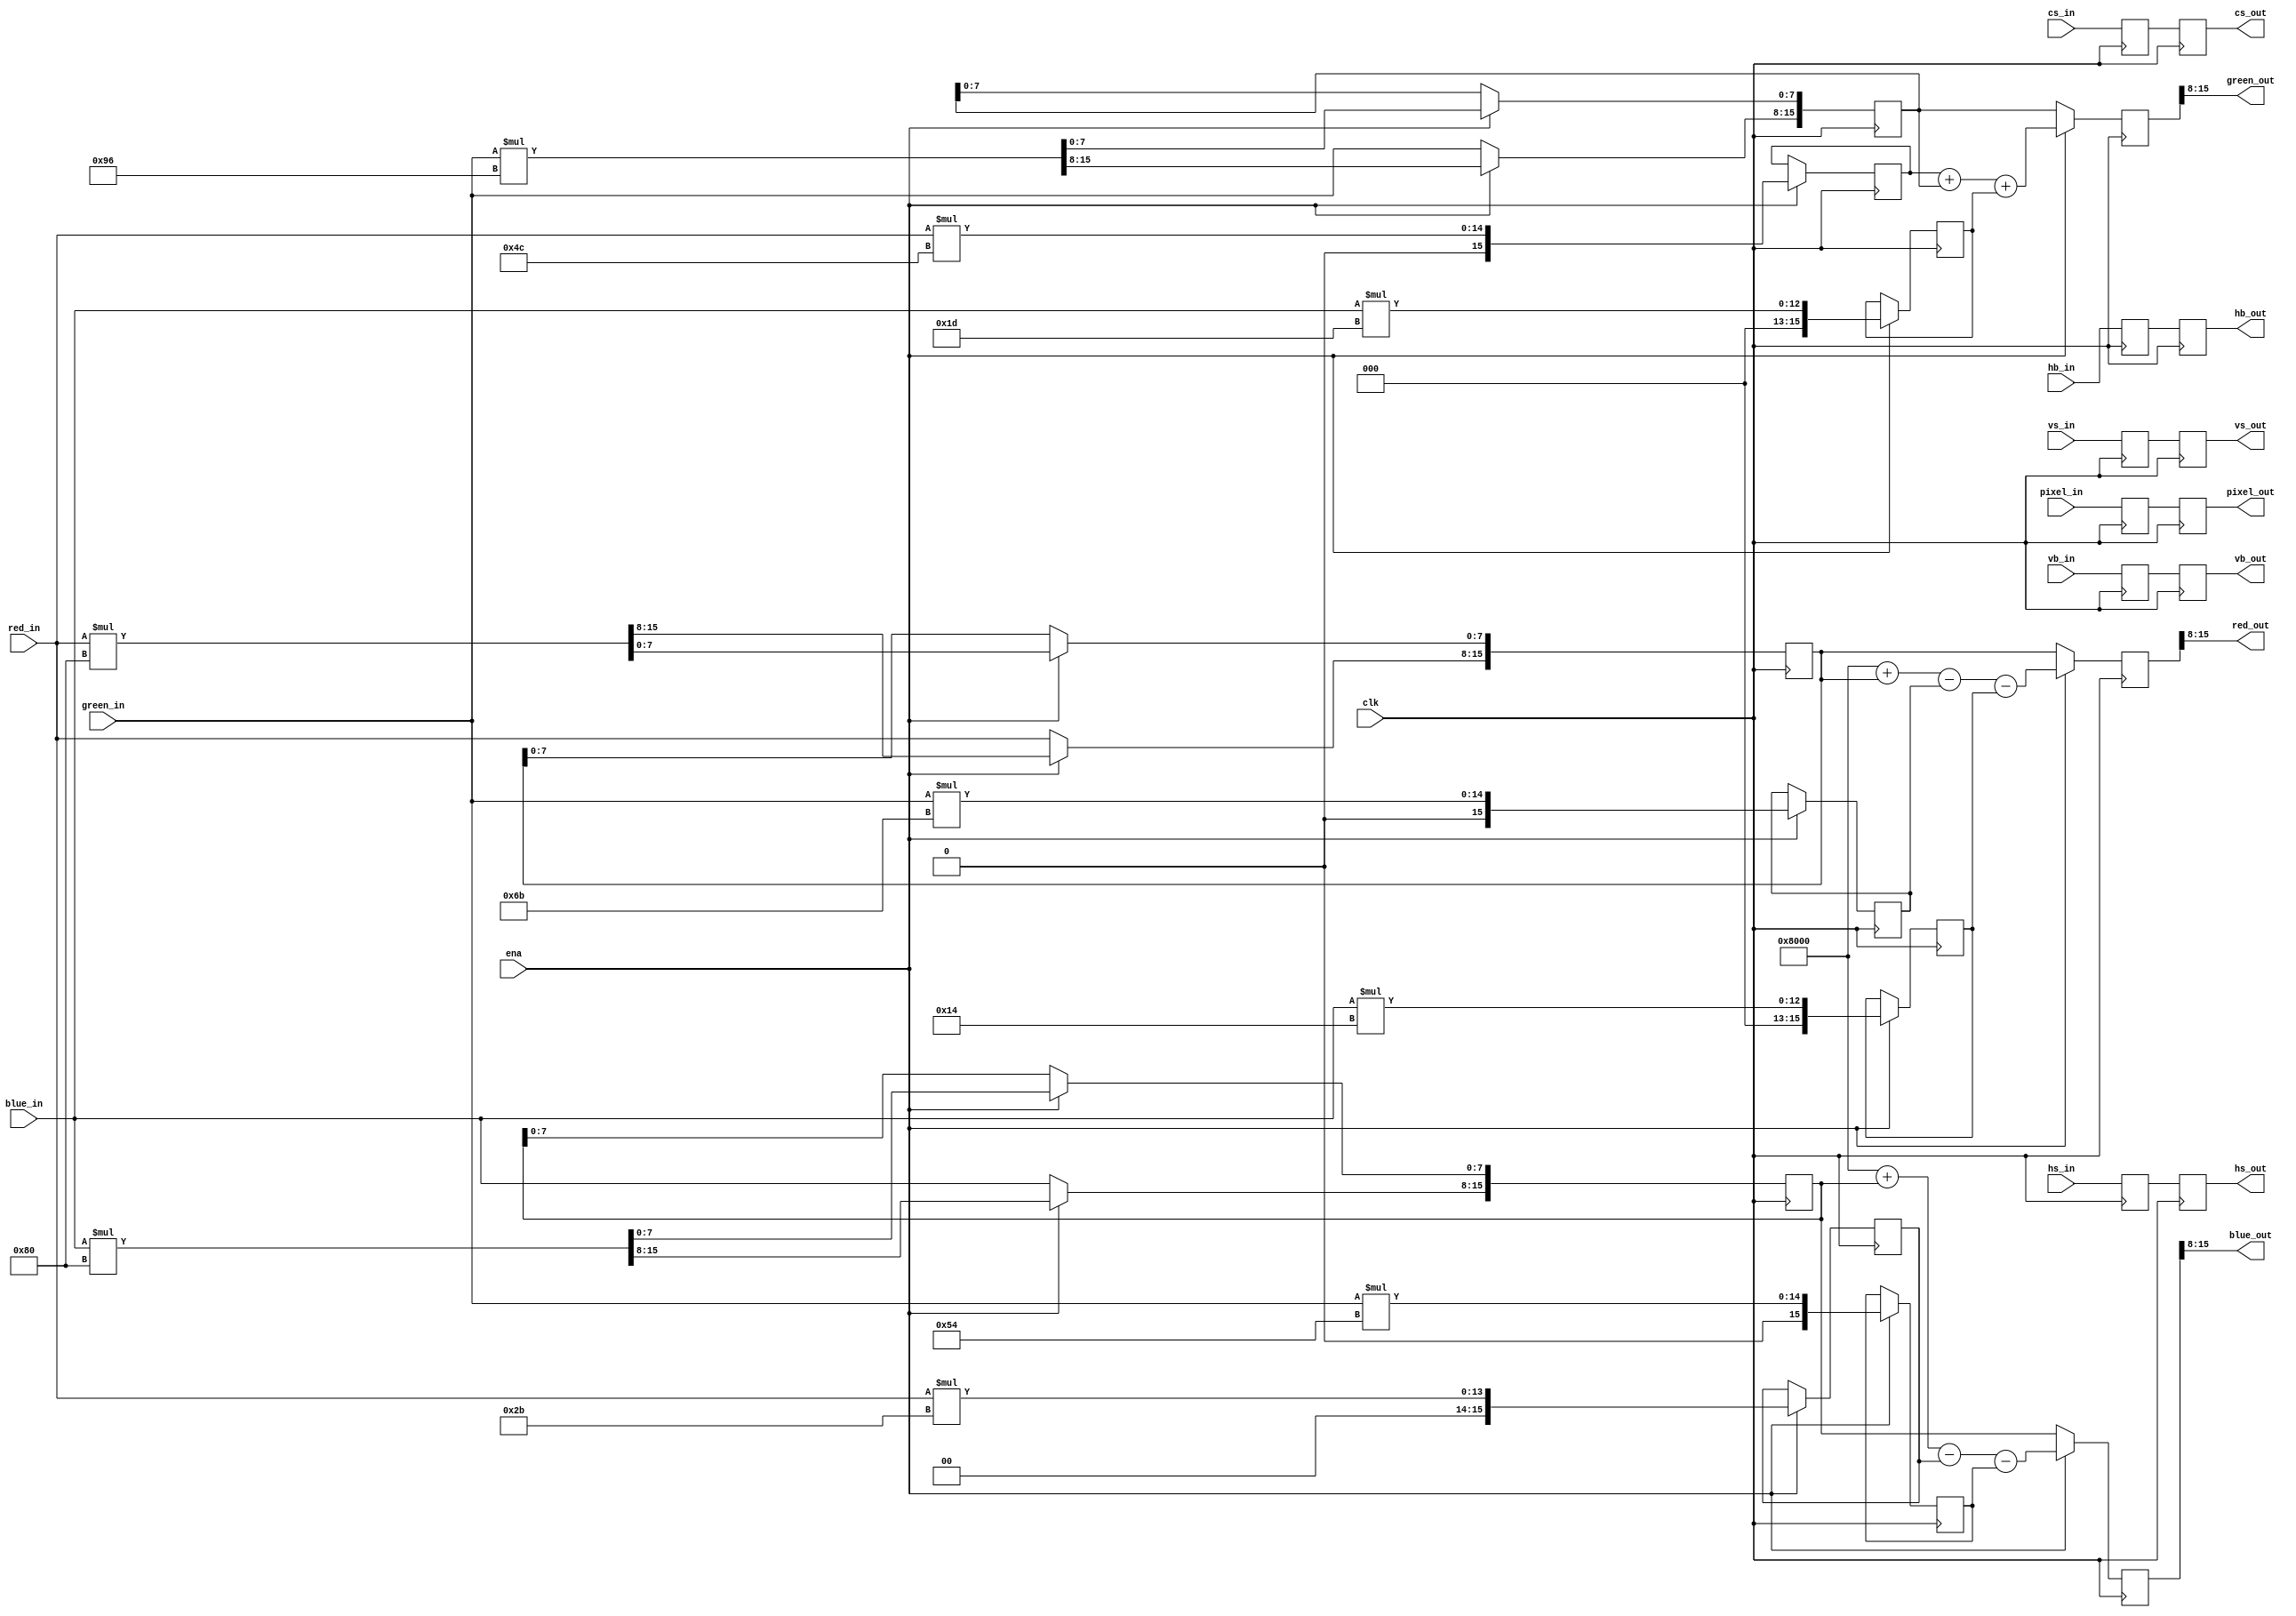
module RGBtoYPbPr
(
	input clk,
	input ena,

	input [WIDTH-1:0] red_in,
	input [WIDTH-1:0] green_in,
	input [WIDTH-1:0] blue_in,
	input hs_in,
	input vs_in,
	input hb_in,
	input vb_in,
	input cs_in,
	input pixel_in,

	output [WIDTH-1:0] red_out,
	output [WIDTH-1:0] green_out,
	output [WIDTH-1:0] blue_out,
	output reg hs_out,
	output reg vs_out,
	output reg hb_out,
	output reg vb_out,
	output reg cs_out,
	output reg pixel_out
);

parameter WIDTH = 8;

reg [8+WIDTH-1:0] r_y;
reg [8+WIDTH-1:0] g_y;
reg [8+WIDTH-1:0] b_y;

reg [8+WIDTH-1:0] r_b;
reg [8+WIDTH-1:0] g_b;
reg [8+WIDTH-1:0] b_b;

reg [8+WIDTH-1:0] r_r;
reg [8+WIDTH-1:0] g_r;
reg [8+WIDTH-1:0] b_r;

reg [8+WIDTH-1:0] y;
reg [8+WIDTH-1:0] b;
reg [8+WIDTH-1:0] r;

reg hs_d;
reg vs_d;
reg cs_d;
reg pixel_d;
reg hb_d;
reg vb_d;

assign red_out = r[8+WIDTH-1:8];
assign green_out = y[8+WIDTH-1:8];
assign blue_out = b[8+WIDTH-1:8];

// Multiply in the first stage...
always @(posedge clk) begin
	hs_d <= hs_in;		// Register sync, pixel clock, etc
	vs_d <= vs_in;		// so they're delayed the same amount as the incoming video
	cs_d <= cs_in;
	pixel_d <= pixel_in;
	hb_d <= hb_in;
	vb_d <= vb_in;

	if(ena) begin
		// (Y  =  0.299*R + 0.587*G + 0.114*B)
		r_y <= red_in * 8'd76;
		g_y <= green_in * 8'd150;
		b_y <= blue_in * 8'd29;

		// (Pb = -0.169*R - 0.331*G + 0.500*B)
		r_b <= red_in * 8'd43;
		g_b <= green_in * 8'd84;
		b_b <= blue_in * 8'd128;

		// (Pr =  0.500*R - 0.419*G - 0.081*B)
		r_r <= red_in * 8'd128;
		g_r <= green_in * 8'd107;
		b_r <= blue_in * 8'd20;
	end else begin
		r_r[8+WIDTH-1:8] <= red_in; // Passthrough
		g_y[8+WIDTH-1:8] <= green_in;
		b_b[8+WIDTH-1:8] <= blue_in;
	end

end

// Second stage - adding

always @(posedge clk) begin
	hs_out <= hs_d;
	vs_out <= vs_d;
	cs_out <= cs_d;
	pixel_out <= pixel_d;
	hb_out <= hb_d;
	vb_out <= vb_d;

	if(ena) begin
		y <= r_y + g_y + b_y;
		b <= 2'd2**(8+WIDTH-1) + b_b - r_b - g_b;
		r <= 2'd2**(8+WIDTH-1) + r_r - g_r - b_r;
	end else begin
		y <= g_y;	// Passthrough
		b <= b_b;
		r <= r_r;
	end
end

endmodule